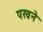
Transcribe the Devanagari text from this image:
पखने